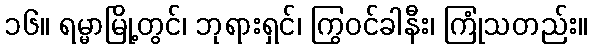
၁၆။ ရမ္မာမြို့တွင်၊ ဘုရားရှင်၊ ကြွဝင်ခါနီး၊ ကြုံသတည်း။